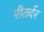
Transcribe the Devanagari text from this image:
रीतर्दर